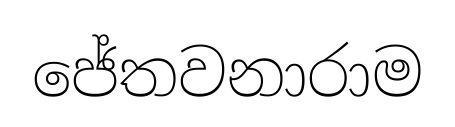
ජේතවනාරාම